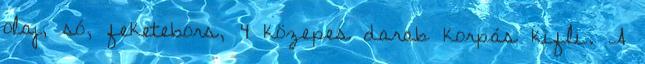
olaj, só, feketebors, 4 közepes darab korpás kifli. A